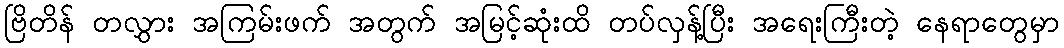
ဗြိတိန် တလွှား အကြမ်းဖက် အတွက် အမြင့်ဆုံးထိ တပ်လှန့်ပြီး အရေးကြီးတဲ့ နေရာတွေမှာ